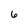
Character: 6